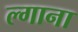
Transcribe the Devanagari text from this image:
ल्गाना